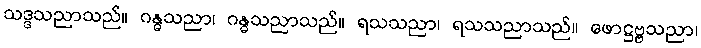
သဒ္ဒသညာသည်။ ဂန္ဓသညာ၊ ဂန္ဓသညာသည်။ ရသသညာ၊ ရသသညာသည်။ ဖောဋ္ဌဗ္ဗသညာ၊